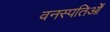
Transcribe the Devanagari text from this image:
वनस्पतिओं